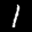
Label: 1